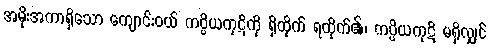
အမိုးအကာရှိသော ကျောင်းဝယ် ကပ္ပိယကုဋိကို ရှိထိုက် ရထိုက်၏၊ ကပ္ပိယကုဋိ မရှိလျှင်